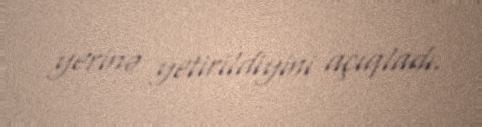
yerinə yetirildiyini açıqladı.